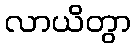
လာယိတွာ